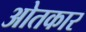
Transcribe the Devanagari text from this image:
ओतकार